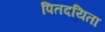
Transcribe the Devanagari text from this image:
पितदयिता